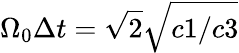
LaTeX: \Omega_{0}\Delta{t}=\sqrt{2}\sqrt{c1/c3}